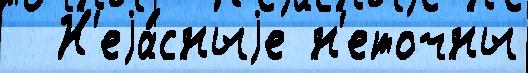
  Н'еjа́сныjе н'еточны